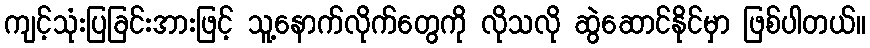
ကျင့်သုံးပြခြင်းအားဖြင့် သူ့နောက်လိုက်တွေကို လိုသလို ဆွဲဆောင်နိုင်မှာ ဖြစ်ပါတယ်။